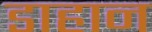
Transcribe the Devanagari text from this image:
डाहान